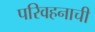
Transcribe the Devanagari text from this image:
परिवहनाची